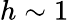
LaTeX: h\sim 1